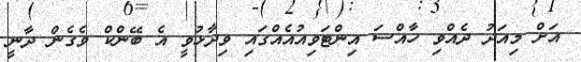
އަށް މިއަދު ދެއްވި ހާއްސަ އިންޓަވިއުއެއްގައި ވިދާޅުވީ އެ ބޭންކް ވެގެން ދާނީ